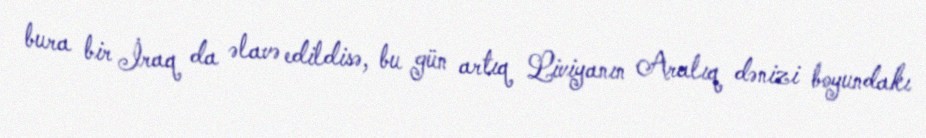
bura bir İraq da əlavə edildisə, bu gün artıq Liviyanın Aralıq dənizi boyundakı